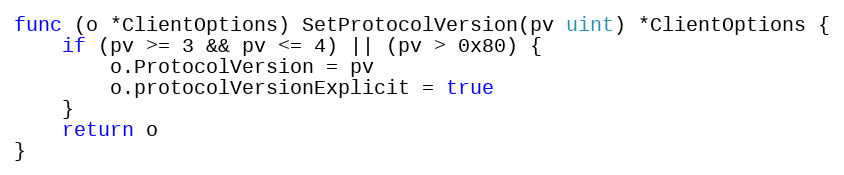
Language: Go
func (o *ClientOptions) SetProtocolVersion(pv uint) *ClientOptions {
	if (pv >= 3 && pv <= 4) || (pv > 0x80) {
		o.ProtocolVersion = pv
		o.protocolVersionExplicit = true
	}
	return o
}